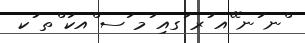
ްނ ަނ ޭއ ުރ ަގއި ަމ ަސ ްއކަ ްތ ުކ